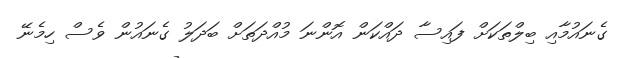
ގެނައުމާއި ބިލްތަކަށް ފައިސާ ދައްކަން އޮންނަ މުއްދަތަށް ބަދަލު ގެނައުން ވެސް ހިމެނޭ